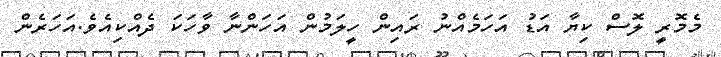
މެމޮރީ ލޮސް ކިޔާ އަޑު އަހަމެއްނު ރައިން ހީލަމުން އަހަންނާ ވާހަކަ ދެއްކިއެވެ.އަހަރެން